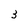
Character: 3